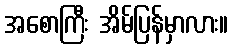
အစောကြီး အိမ်ပြန်မှာလား။